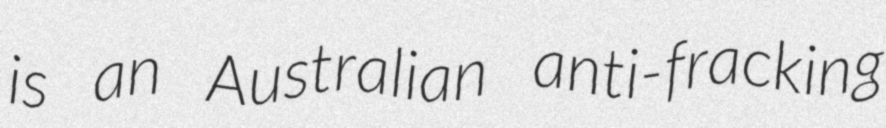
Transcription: is an Australian anti-fracking